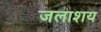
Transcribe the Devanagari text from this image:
जलाश्‍ाय